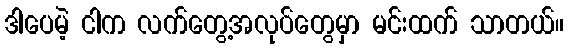
ဒါပေမဲ့ ငါက လက်တွေ့အလုပ်တွေမှာ မင်းထက် သာတယ်။